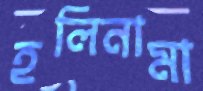
হলিনামা